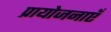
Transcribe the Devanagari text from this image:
प्रायोजनाएँ